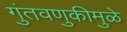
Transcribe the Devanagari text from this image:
गुंतवणुकीमुळे